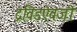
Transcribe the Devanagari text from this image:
द्रविडऐवजी